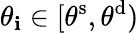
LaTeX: \theta_{\mathbf{i}}\in[\theta^{\mathrm{{s}}},\theta^{\mathrm{{d}}})